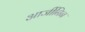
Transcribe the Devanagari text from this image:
आर्जीनिन